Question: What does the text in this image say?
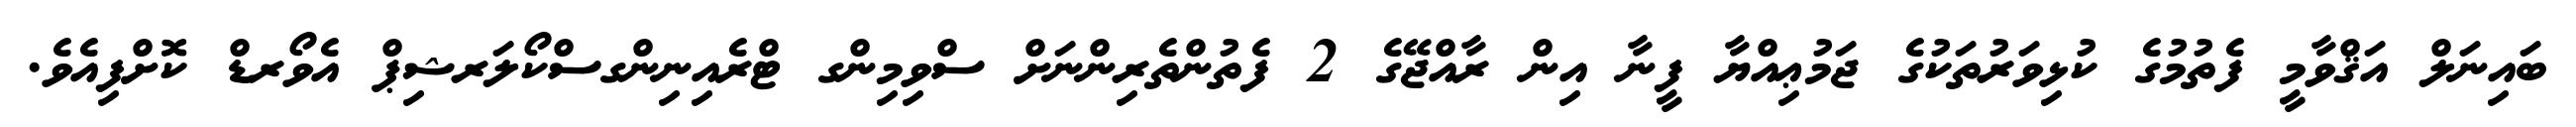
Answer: ބައިނަލް އަޤްވާމީ ފެތުމުގެ ކުޅިވަރުތަކުގެ ޖަމުޢިއްޔާ ފީނާ އިން ރާއްޖޭގެ 2 ފެތުންތެރިންނަށް ސްވިމިންގ ޓްރެއިނިންގސްކޯލަރޝިޕް އެވޯރޑް ކޮށްފިއެވެ.